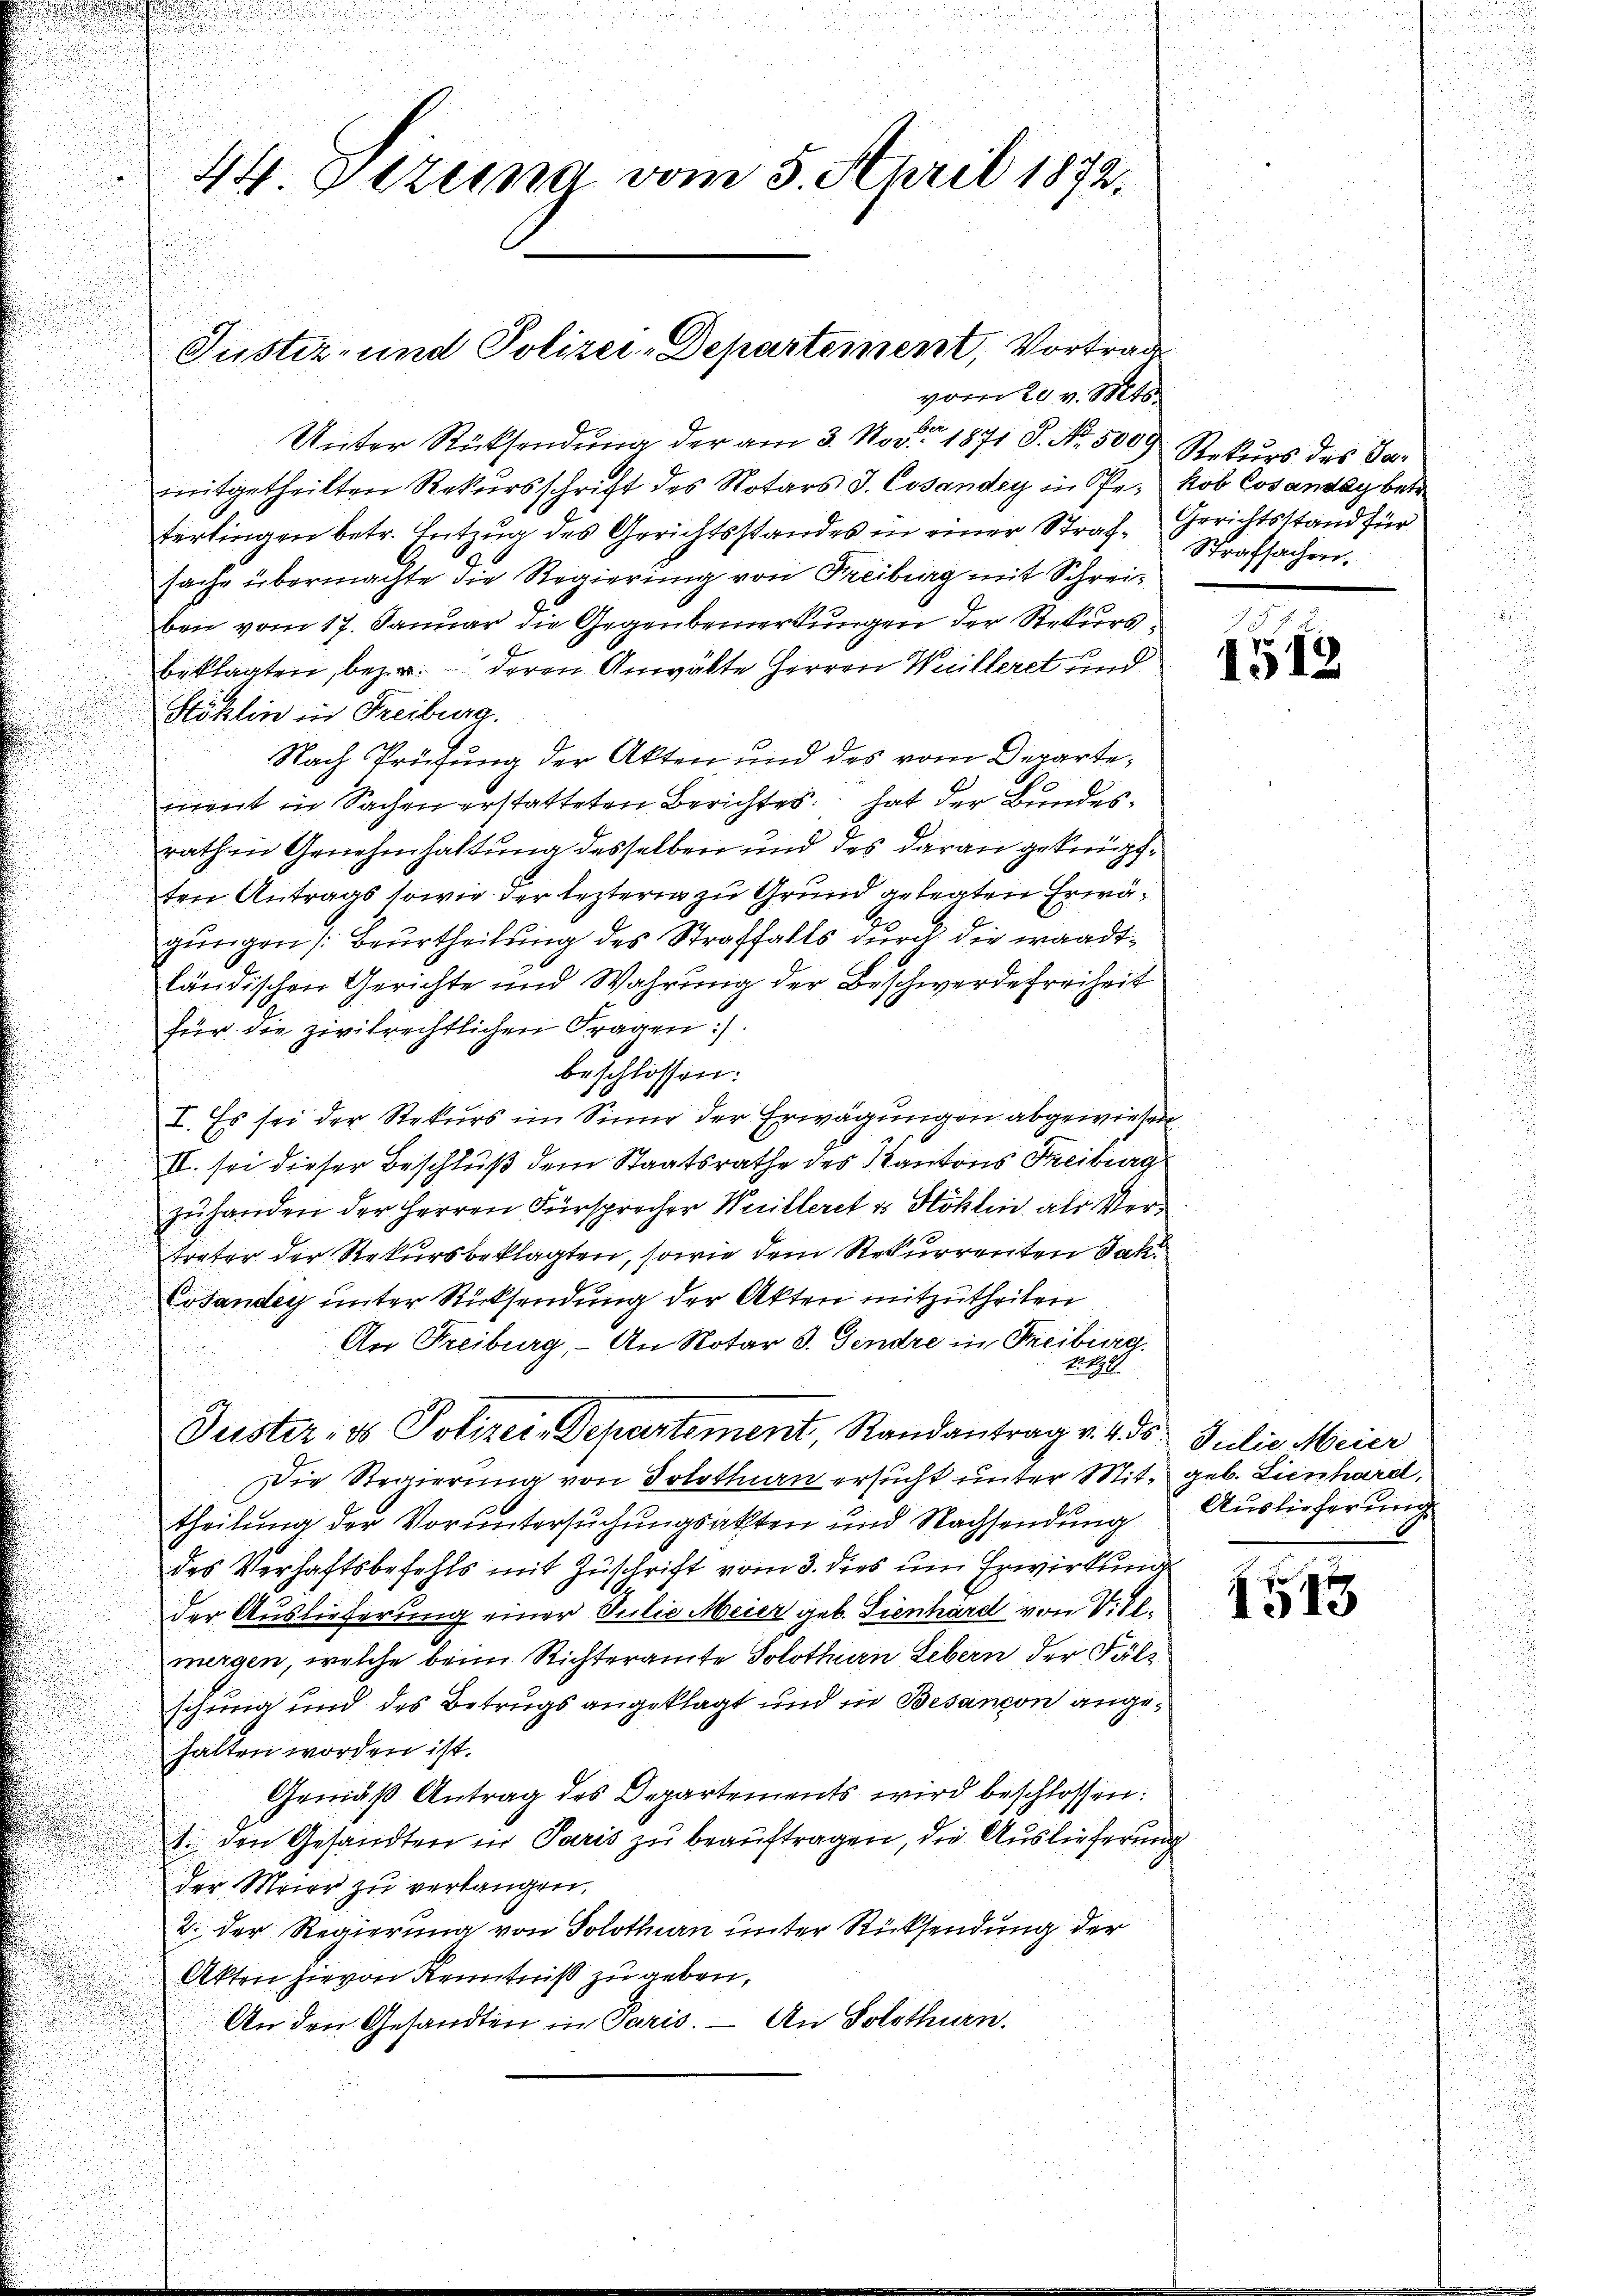
Unter Rücksendung der am 3. Nov. 1871 S. Nr. 5000 Rekurs des Par
mitgetheilten Rekursschrift des Notars J. Cosander in Pr. Rob Cosantag betr
terlingen betr. Entzug des Gerichtsstandes in einer Straf- Gerichtsstand für
sache übermachte die Regierung von Freiburg mit Schreiben vom 17. Januar die Gegenbemerkungen der Rekursbeklagten, bezw. deren Anwälte Herren Weilleret und
Söklin in Freiburg.
Nach Prüfung der Akten und des vom Departement in Sachen erstatteten Berichtes hat der Bundesrathen Genehmhaltung desselben und des daran geknüpften Antrags sowie der lezteren zu Grund gelegten Erwägungen Beurtheilung des Straffalls durch die waadtländischen Gerichte und Wahrung der Beschwerde freiheit
für die zivilrechtlichen Fragen :/.
beschlossen:
.
I. Es sei der Rekurs im Sinne der Erwägungen abgewiesen
.
II. sei dieser Beschluß dem Staatsrathe des Kantons Freiburg
zuhanden der Herren Fürsprecher Weilleret u Stoklin, als Vertreter der Rekursbeklagten, sowie dem Rekurrenten Jak.
Cosander unter Rücksendung der Akten mitzutheilen
An Freiburg, – An Notar d. Gendre in Freiburg.
A
Puster, es Polizei-Departement, Randantrag v. 4. ds Julie Meier
Die Regierung von Solothurn ersucht unter Mit- geb. Lienhard,
theilung der Voruntersuchungsakten und Nachsendung
des Verhaftsbefehls mit Zuschrift vom 3. dies um Erwirkung
der Auslieferung einer Julie Meier geb. Sienhard von Villmergen, welche beim Richteramte Solothurn Lebern der Fälschung und des Betrugs angeklagt und in Besançon angehalten worden ist.
Gemäß Antrag des Departements wird beschlossen:
1. den Gesandten in Paris zu beauftragen, die Auslieferung
der Meier zu verlangen.
2. Der Regierung von Solothurn unter Rücksendung der
Akten hievon Kenntniß zu geben,
An den Gesandten in Paris. — An Solothurn.

44. Sitzung vom 5. April 1872.

Justiz- und Polizei-Departement, Vortrage
vom 20. v. Mts.

Strafsachen.

1513

Auslieferung

1513